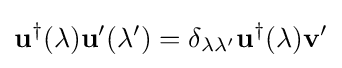
\mathbf {u} ^{\dagger }(\lambda )\mathbf {u} '(\lambda ')=\delta _{\lambda \lambda '}\mathbf {u} ^{\dagger }(\lambda )\mathbf {v} '